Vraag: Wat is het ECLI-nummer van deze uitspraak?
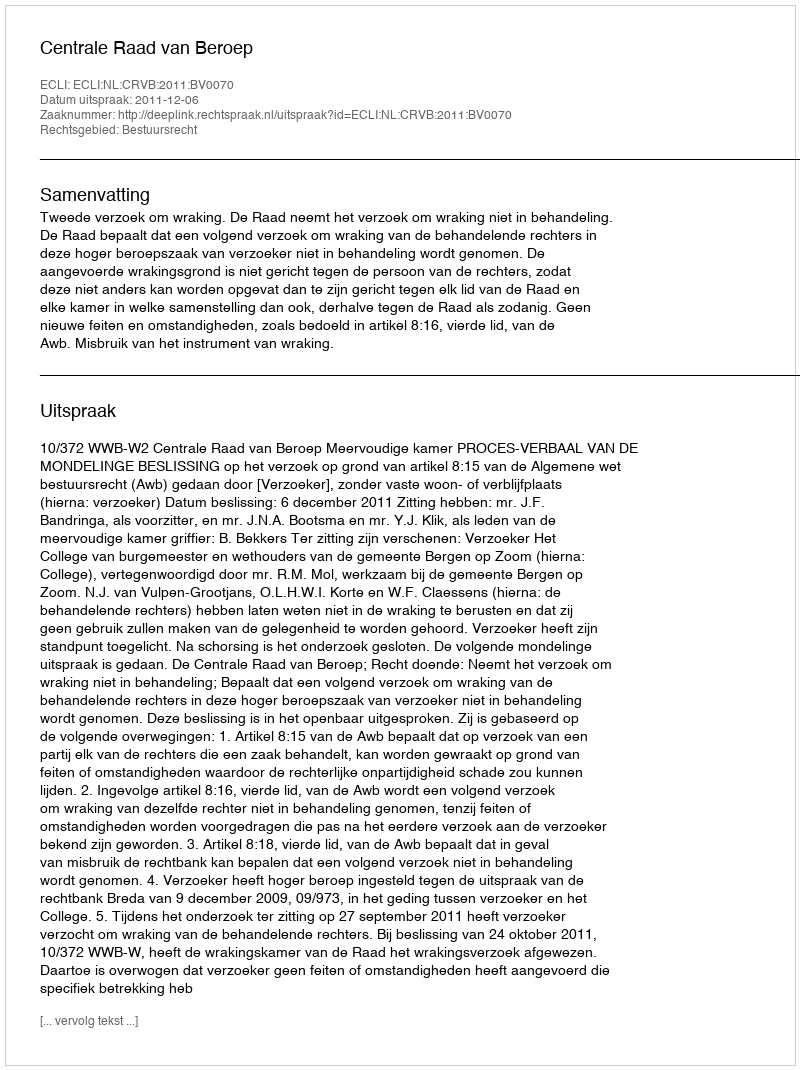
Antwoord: ECLI:NL:CRVB:2011:BV0070